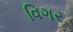
વિગર